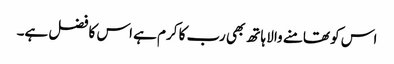
اس کو تھامنے والا ہاتھ بھی رب کا کرم ہے اس کا فضل ہے۔